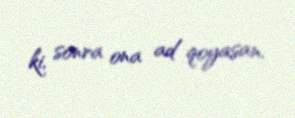
ki, sonra ona ad qoyasan.